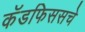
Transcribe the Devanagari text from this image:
कॅडफिससचे